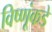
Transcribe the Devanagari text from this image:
विष्णूंकडे